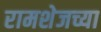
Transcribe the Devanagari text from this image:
रामशेजच्या